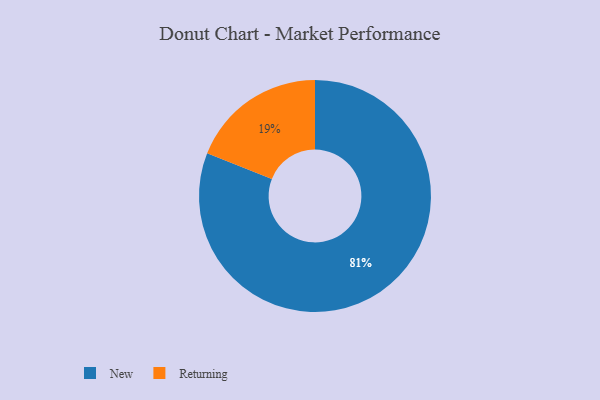
{"axis": {"x": "Category", "y": "Percentage"}, "legend": ["New", "Returning"], "data": [{"x": "New", "y": 81, "type": "New"}, {"x": "Returning", "y": 19, "type": "Returning"}]}